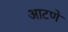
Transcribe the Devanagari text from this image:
आटणे